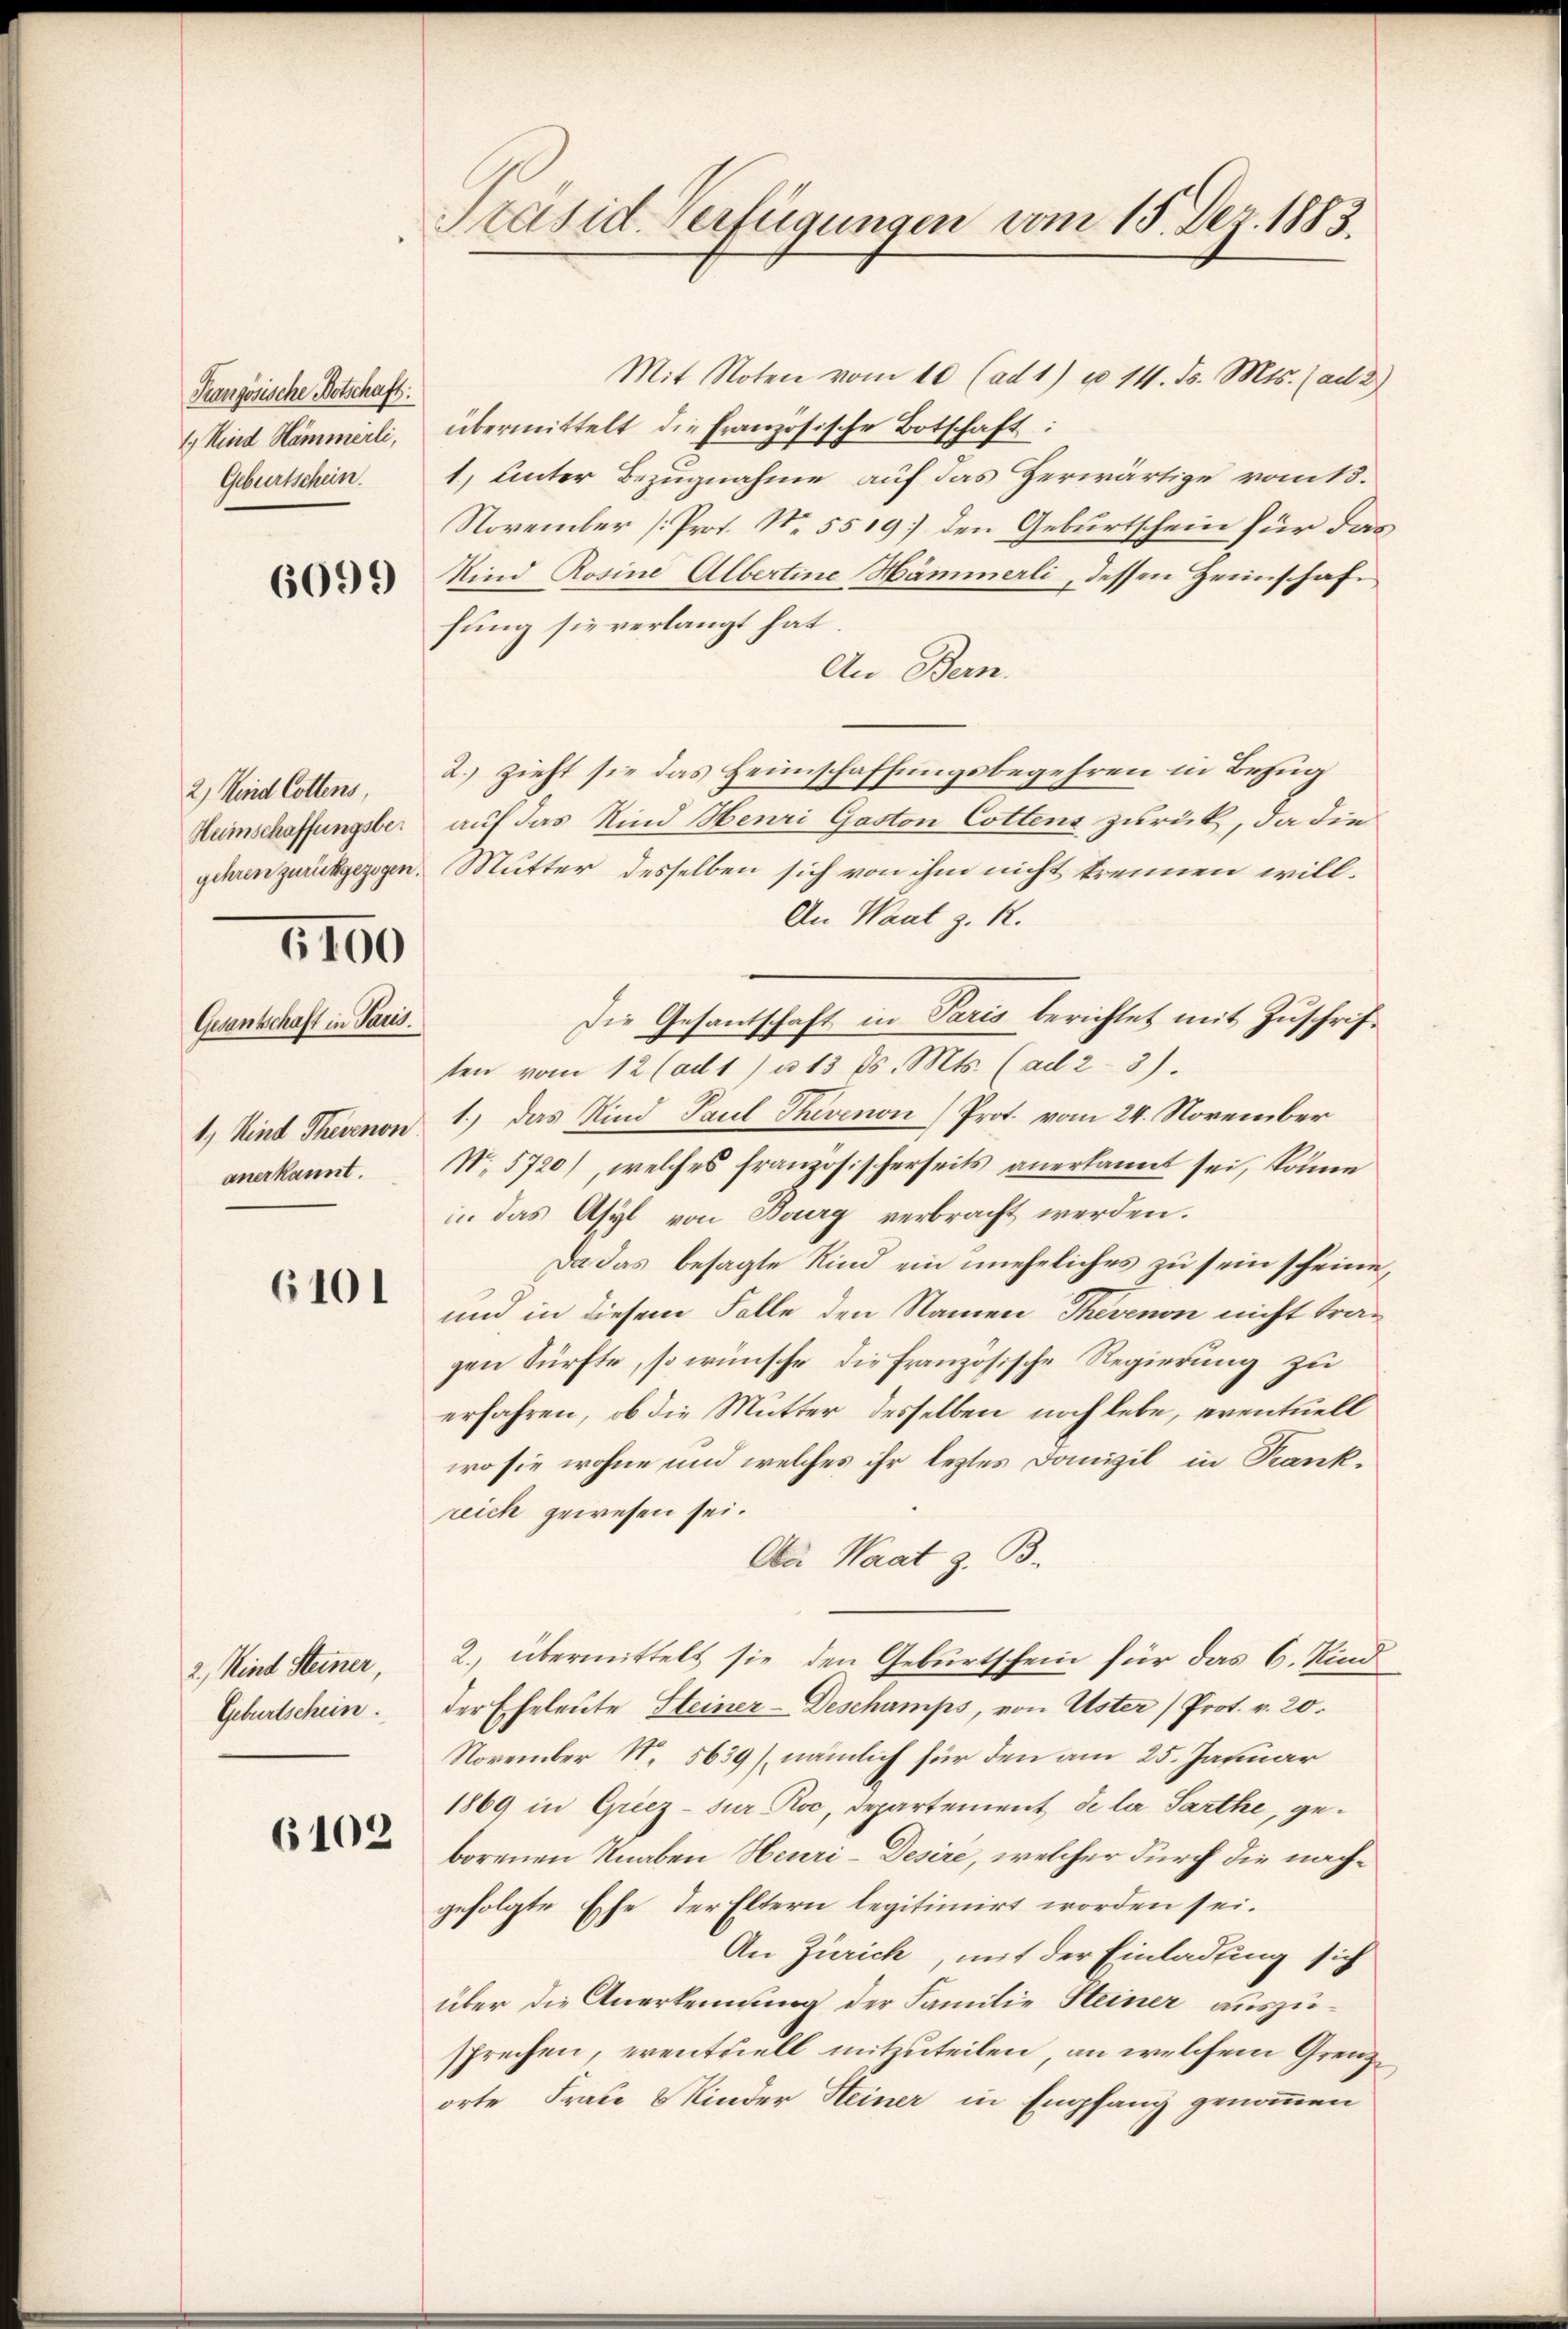
Französische Botschaft
1 Kind Hammerli,
Geburtschein.

6099

6100

Gesantschaft in Paris.
anerkannt.

6101

2., Kind Steiner,
Geburtschein.

6102

Präsid. Verfügungen vom 15. Dez. 1883.

Mit Noten vom 10 (ad 1) u. 14. ds. Mts. (ad 2)
übermittelt die Französische Botschaft:
1. Unter Bezugnahme auf das Herwärtige vom 13.
November [Prot. N. 5519] den Geburtschein für das
Kind Rosine Albertine Hämmerli, dessen Zeinschaffung sie verlangt hat.
An Bern.
2) Kind Collens, 2.) zieht sie das Heimschaffŭngsbegehren in Bezŭg
Heimschaffungsber auf das Kind Henri Gaston Cottens zurück, da die
gehren zurückgezogen. Mutter desselben sich von ihm nicht trennen will¬
An Waat z. R.
Die Gesandschaft in Paris berichtet mit Zuschriftten vom 12 (ad 1) u. 13 ds. Mts. (ad 23).
1) Kind Therenon 1.) Das Kind Paul Thevenon) Prot. vom 24. November
N. 5720), welches französischerseits anerkannt sei, könne
in das Asyl von Bourg verbracht werden.
Da das besagte Kind ein uneheliches zu sein scheine,
und in diesem Falle den Namen Thevenon nicht tra-
gen dürfte, so wünsche die französische Regierung zu
erfahren, ob die Mutter desselben noch lebe, eventuell
wo sie wohne und welches ihr letztes Domizil in Krankreich gewesen sei.
Aa Waat z. B.
2. übermittelt sie den Geburtschein für das 6. Kind
der Eheleute Steiner-Deschamps, von Uster (Prot. v. 20.
November N. 5639 (nämlich für den am 25. Januar
1869 in Griez-Jur Roc, Departement de la Sarthe, geborenen Knaben Heuri-Desire, welcher durch die nachgefolgte Ephe der Eltern legitimirt worden sei.
An Zürich, mit der Einladung sich
über die Anerkennung der Familie Steiner auszusprechen, eventuell mitzuteilen, an welchem Grenzorte Frau & Kinder Steiner in Empfang genommen